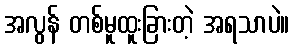
အလွန် တစ်မူထူးခြားတဲ့ အရသာပဲ။